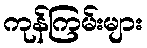
ကုန်ကြမ်းများ